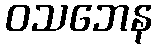
ဝသဘေန